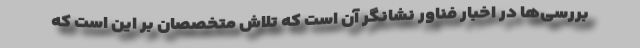
بررسی‌ها در اخبار فناور نشانگر آن است که تلاش متخصصان بر این است که